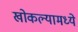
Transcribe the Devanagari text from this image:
खोकल्यामध्ये